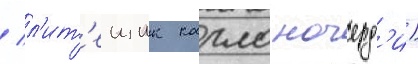
/ л'ит'еищик карло ночерд'и)